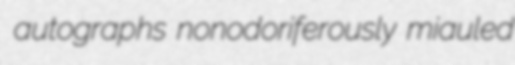
autographs nonodoriferously miauled